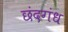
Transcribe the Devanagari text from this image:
छंदगंध